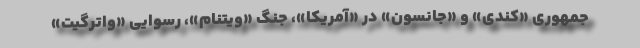
جمهوری «کندی» و «جانسون» در «آمریکا»، جنگ «ویتنام»، رسوایی «واترگیت»